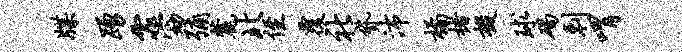
牒踊霏窈弥麓北侄覆社贷沛橘楮掇球碣剌喟